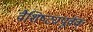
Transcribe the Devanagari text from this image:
वैशिष्ट्यपूर्वक